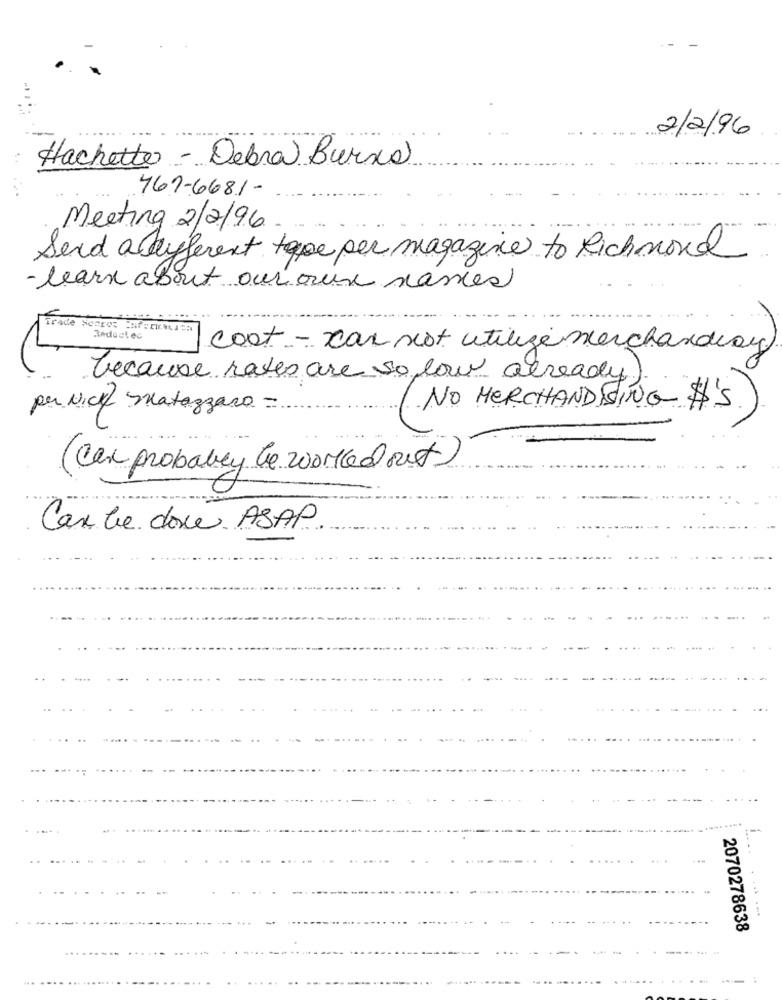
2/2/96
Hachette - Debra Burxs
767-6681-
Meeting 2/2/96
Send adyferent tape per magazine to Richmond
- learn about our own nantes
Trace
Redoutes
cost - can not utilize merchandray
because rates are so low already
per Nice matazzaro -
NO MERCHANDISING $'S
(Can probably be worked out)
Can be dow ASAP
2070278638